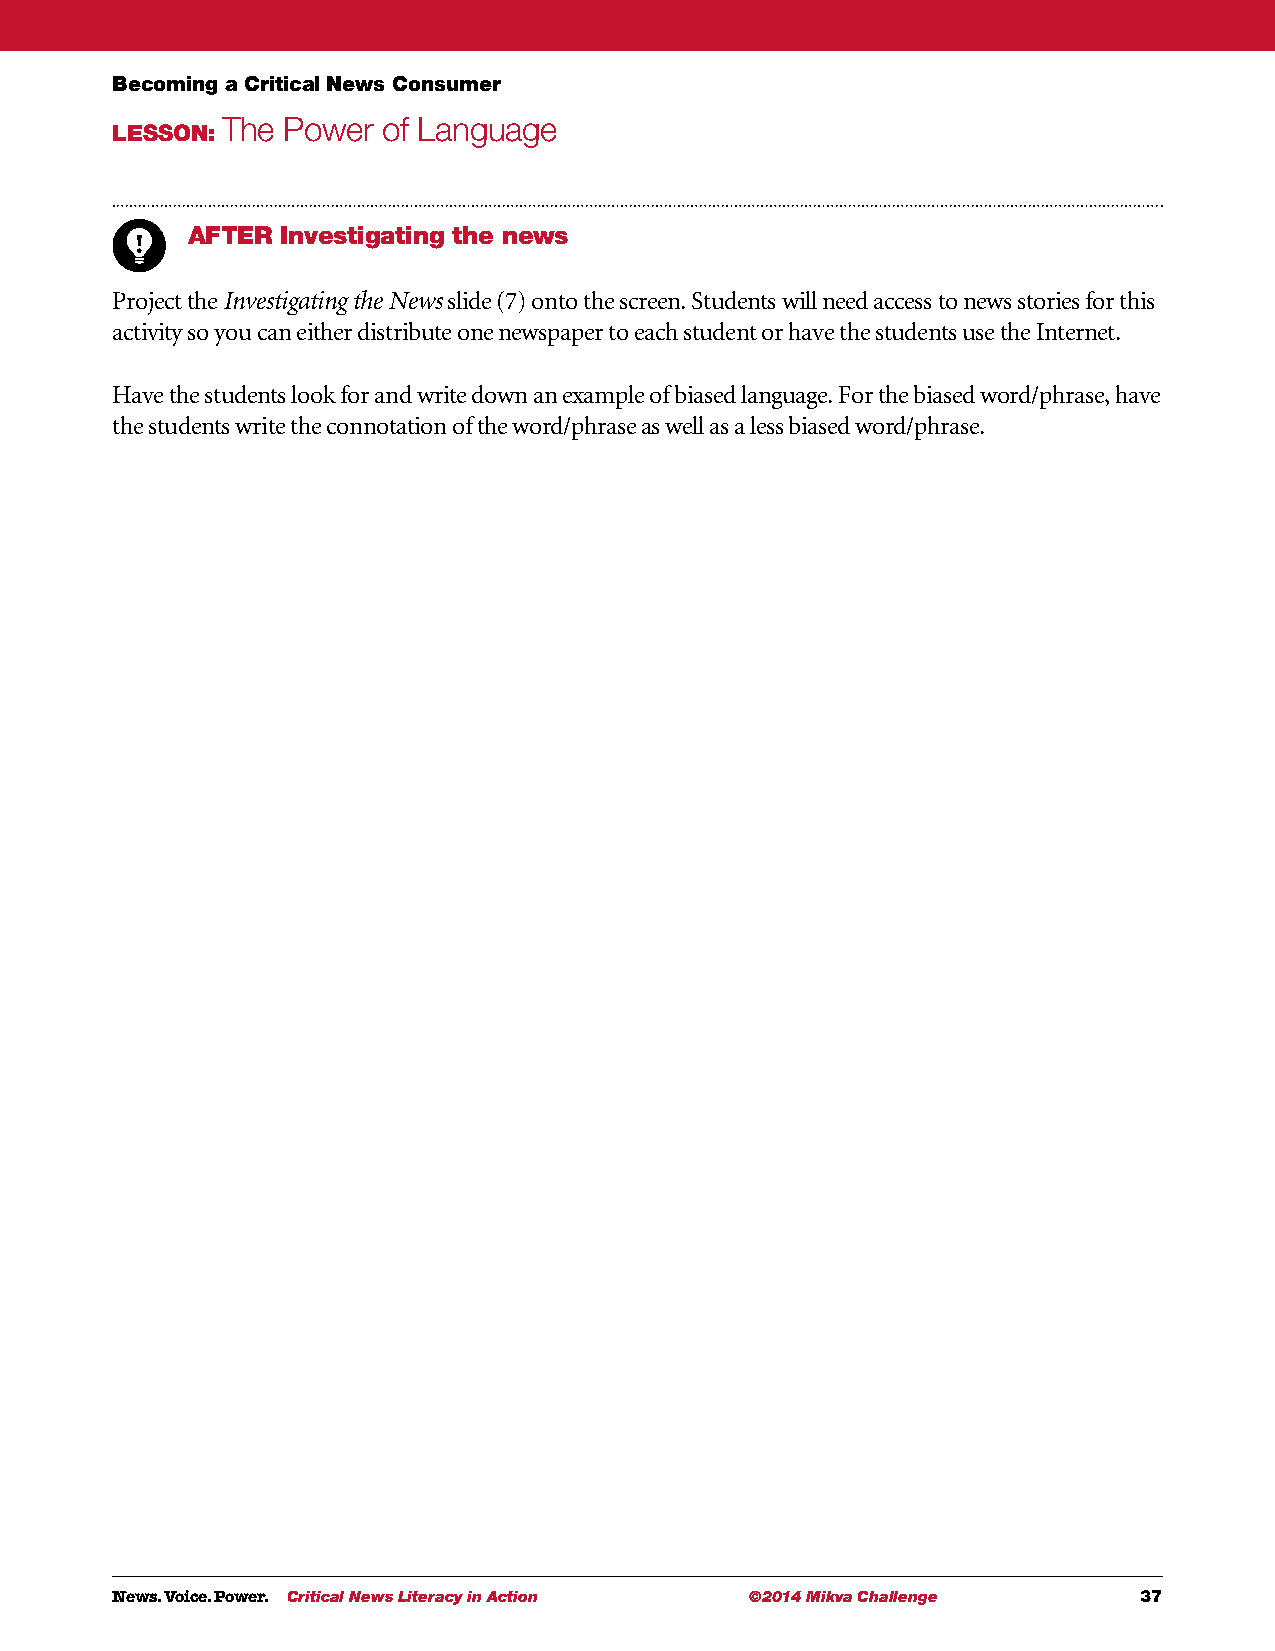
Becoming a Critical News Consumer
 The Power of Language
 LESSON:
 AFTER  Investigating the news
 Project the Investigating the News slide (7) onto the screen. Students will need access to news stories for this
 activity so you can either distribute one newspaper to each student or have the students use the Internet.
 Have the students look for and write down an example of biased language. For the biased word/phrase, have
 the students write the connotation of the word/phrase as well as a less biased word/phrase.
 News. Voice. Power. Critical News Literacy in Action ©2014 Mikva Challenge 37